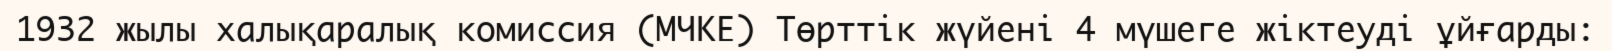
1932 жылы халықаралық комиссия (МЧКЕ) Төрттік жүйені 4 мүшеге жіктеуді ұйғарды: